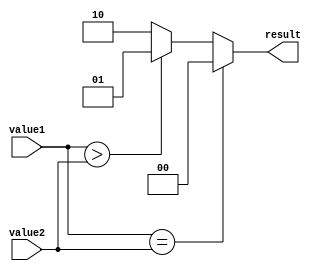
module comparator_32bit (
    input [31:0] value1,
    input [31:0] value2,
    output reg [1:0] result
);

always @* begin
    if (value1 == value2) begin
        result = 2'b00; // equal
    end else if (value1 > value2) begin
        result = 2'b01; // greater than
    end else begin
        result = 2'b10; // less than
    end
end

endmodule